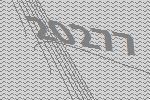
20277